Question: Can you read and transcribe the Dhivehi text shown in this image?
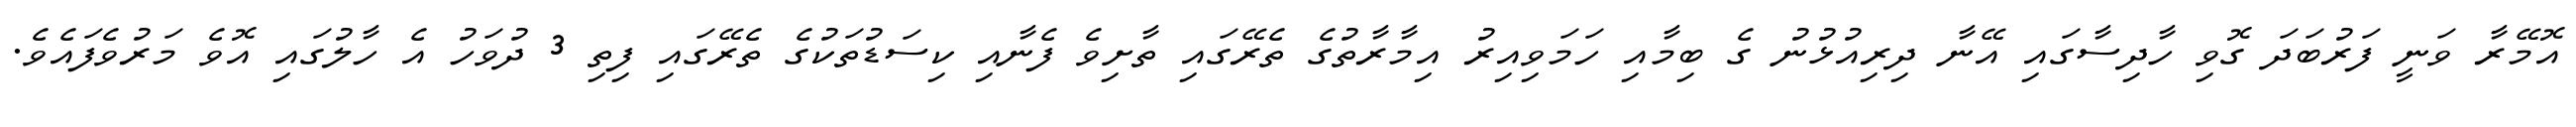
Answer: އޮމޭރާ ވަނީ ފަރުބަދަ ގޮވި ހާދިސާގައި އޭނާ ދިރިއުޅުނު ގެ ބިމާއި ހަމަވިއިރު އިމާރާތުގެ ތެރޭގައި ތާށިވެ ފެނާއި ކިސަޑުތަކުގެ ތެރޭގައި ފިތި 3 ދުވަހު އެ ހާލުގައި އޮވެ މަރުވެފައެވެ.